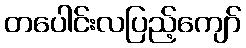
တပေါင်းလပြည့်ကျော်